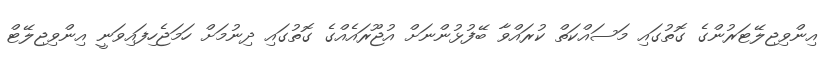
އިންވިޖިލޭޓަރުންގެ ގޮތުގައި މަސައްކަތް ކުރައްވާ ބޭފުޅުންނަށް އުޖޫރައެއްގެ ގޮތުގައި ދިނުމަށް ހަމަޖެހިފައިިވަނީ އިންވިޖިލޭޓް